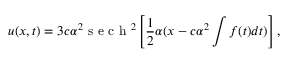
u ( x , t ) = 3 c \alpha ^ { 2 } \mathrm { ~ s ~ e ~ c ~ h ~ } ^ { 2 } \left[ \frac { 1 } { 2 } \alpha ( x - c \alpha ^ { 2 } \int f ( t ) d t ) \right] ,